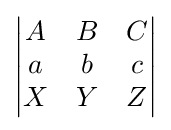
\left|{\begin{matrix}A&B&C\\a&b&c\\X&Y&Z\end{matrix}}\right|